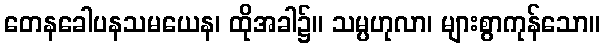
တေနခေါပနသမယေန၊ ထိုအခါ၌။ သမ္ပဟုလာ၊ များစွာကုန်သော။